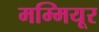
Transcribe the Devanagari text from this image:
मम्मियूर